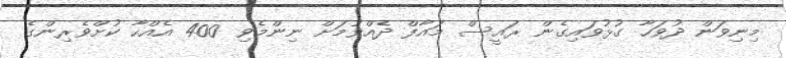
މިނިވަން ދުވަހާ ގުޅުވައިގެން ރައީސް މައާފް ދެއްވުމަށް ނިންމެވި 400 އެއްހާ ކުށްވެރިންގެ